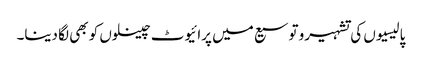
پالیسیوں کی تشہیرو توسیع میں پرائیوٹ چینلوں کو بھی لگا دینا۔